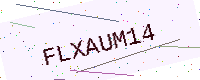
Text: FLXAUM14